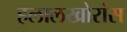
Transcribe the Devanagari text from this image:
हलालखोरांस